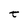
Character: t